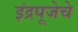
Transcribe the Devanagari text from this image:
इंद्रपूजेचे